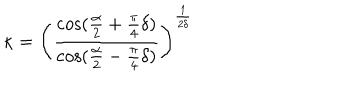
LaTeX: \kappa = \left( \frac { \cos ( \frac { \alpha } { 2 } + \frac { \pi } { 4 } \delta ) } { \cos ( \frac { \alpha } { 2 } - \frac { \pi } { 4 } \delta ) } \right) ^ { \frac { 1 } { 2 \delta } }